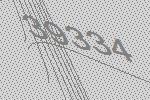
39334